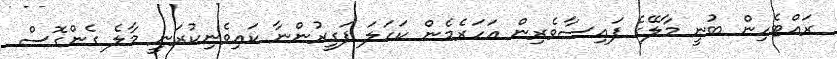
ރައްޓެހިން ބުނީ މާލޭގެ ފައިސާވެރިން އަހަރެމެން ކަހަލަ ފަގީރުންނާ ކައިވެނިކުރަނީ މާލެ ގެންގޮސް